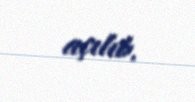
açılıb.